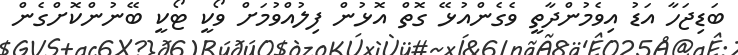
ބަޑިޖަހާ އަޑު އިވެމުންދާތީ ވެގެންއުޅޭ ގޮތް އޮޅުން ފިލުއްވުމަށް ވޯކީ ޓޯކީ ބޭނުންކޮށްގެން